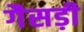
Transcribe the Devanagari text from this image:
गैसड़ी